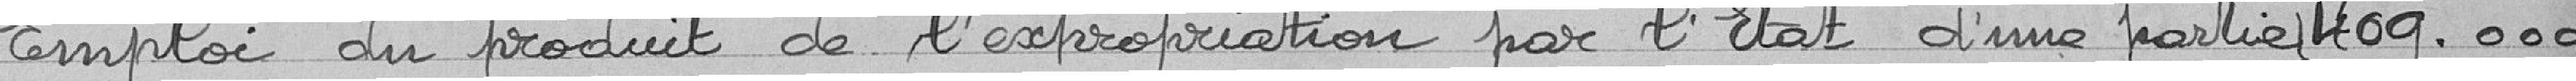
Emploi du produit de l'expropriation par l'Etat d'une partie 409.000